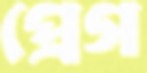
প্রেগ